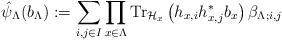
LaTeX: \begin{align*}\hat{\psi}_{\Lambda}(b_{\Lambda}):=\sum_{i,j\in I} \prod_{x\in \Lambda}\hbox{Tr}_{\mathcal{H}_{x}}\left(h_{x, i}h_{x, j}^* b_{x}\right)\beta_{\Lambda;i,j}\end{align*}